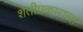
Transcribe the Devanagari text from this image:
शेतीप्रकाराला